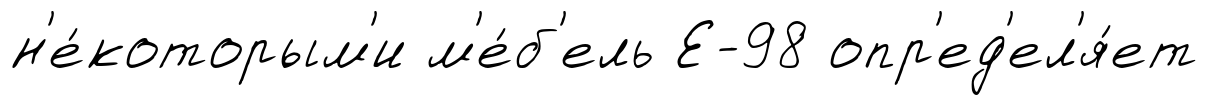
н'е́которым'и м'е́б'ель Е-98 опр'ед'ел'я́ет